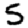
Digit: 5